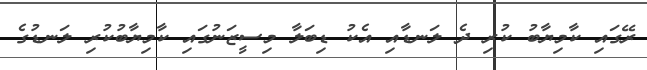
ރޭގައި ކާމިޔާބު ކުރި ދެ ލަނޑާއި އެކު ޑިބަލާ މިސީޒަނުގައި ކާމިޔާބުކުރި ލަނޑުގެ